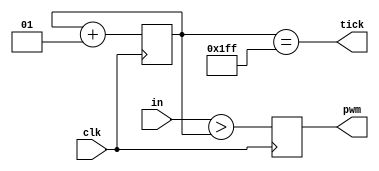
module pwm
(
    input clk,
    input signed [9:0] in,
    output reg pwm,
    output tick
);
    reg signed [9:0] cnt;
    always@(posedge clk)
    begin
        cnt <= cnt + 10'sb1;
    end
    
    always@(posedge clk)
    begin
        pwm <= (in > cnt);
    end
    
    assign tick = cnt == 10'sd511;
    
endmodule